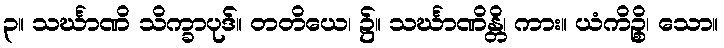
၃။ သင်္ဃာဏိ သိက္ခာပုဒ်။ တတိယေ၊ ၌။ သင်္ဃာဏိန္တိ၊ ကား။ ယံကိဉ္စိ၊ သော။